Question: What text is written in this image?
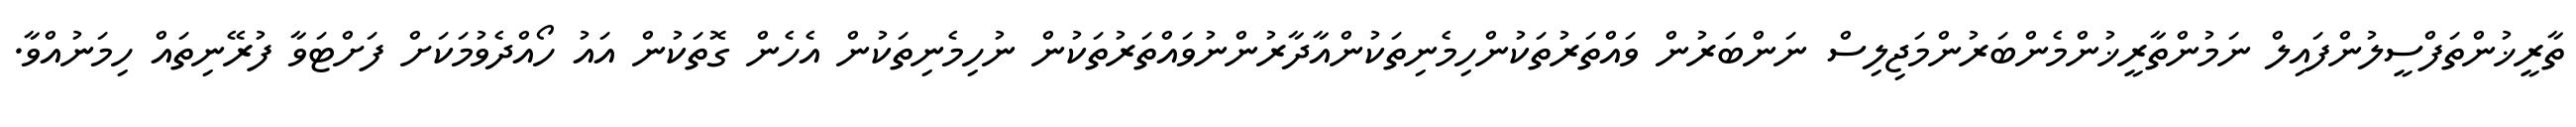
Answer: ތާރީޚުންތަފްސީލުންފައިލް ނަމުންތާރީޚުންމެންބަރުންމަޖިލިސް ނަންބަރުން ވައްތަރުތަކުންހިމެނިތަކުންއާދާރުންނުވައްތަރުތަކުން ނުހިމެނިތަކުން އެހެން ގޮތަކުން އައު ހޯއްދެވުމަކަށް ފަށްޓަވާ ފުރޭނިތައް ހިމަނުއްވާ.